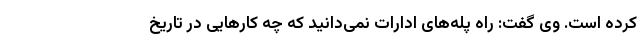
کرده است. وی گفت: راه پله‌های ادارات نمی‌دانید که چه کارهایی در تاریخ